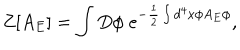
LaTeX: Z [ A _ { E } ] = \int D \phi \; e ^ { - \frac { 1 } { 2 } \int d ^ { 4 } x \phi A _ { E } \phi } ,